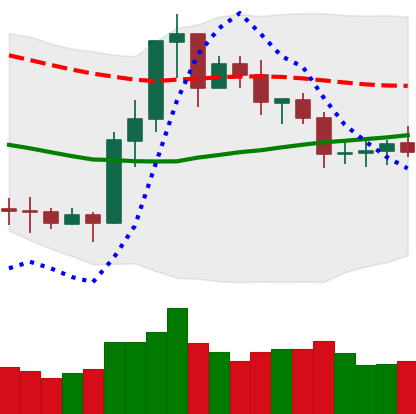
Ticker: ETC-USD
Chart end date: 2020-07-20
Forward return: 10.594%
Label: up_7plus